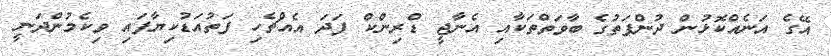
އޭގެ އަނެއްކޮޅުން ދުންފަތުގެ ބާވަތްތަކާއި އެނާޖީ ޑްރިންކް ފަދަ އެއްޗެހި ފަތުއަޑުކިޔާފައި ވިކެމުންދަނީ